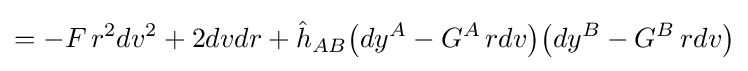
=-F\,r^{2}dv^{2}+2dvdr+{\hat {h}}_{AB}{\big (}dy^{A}-G^{A}\,rdv{\big )}{\big (}dy^{B}-G^{B}\,rdv{\big )}